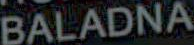
BALADNA